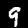
Label: 9